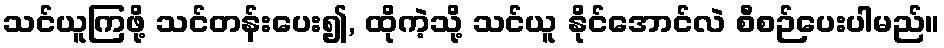
သင်ယူကြဖို့ သင်တန်းပေး၍, ထိုကဲ့သို့ သင်ယူ နိုင်အောင်လဲ စီစဉ်ပေးပါမည်။